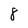
Character: 8